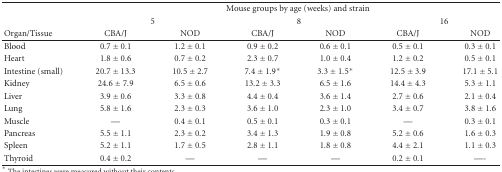
|  | <COLSPAN=6> Mousegroups by age (weeks) and strain |
 |  | <COLSPAN=2> 5 | <COLSPAN=2> 8 | <COLSPAN=2> 16 |
 | Organ/Tissue | CBA/J | NOD | CBA/J | NOD | CBA/J | NOD |
 | --- | --- | --- | --- | --- | --- | --- |
 | Blood | 0.7 ± 0.1 | 1.2 ± 0.1 | 0.9 ± 0.2 | 0.6 ± 0.1 | 0.5 ± 0.1 | 0.3 ± 0.1 |
 | Heart | 1.8 ± 0.6 | 0.7 ± 0.2 | 2.3 ± 0.7 | 1.0 ± 0.4 | 1.2 ± 0.2 | 0.5 ± 0.1 |
 | Intestine (small) | 20.7 ± 13.3 | 10.5 ± 2.7 | 7.4 ± 1.9* | 3.3 ± 1.5* | 12.5 ± 3.9 | 17.1 ± 5.1 |
 | Kidney | 24.6 ± 7.9 | 6.5 ± 0.6 | 13.2 ± 3.3 | 6.5 ± 1.6 | 14.4 ± 4.3 | 5.3 ± 1.1 |
 | Liver | 3.9 ± 0.6 | 3.3 ± 0.8 | 4.4 ± 0.4 | 3.6 ± 1.4 | 2.7 ± 0.6 | 2.1 ± 0.4 |
 | Lung | 5.8 ± 1.6 | 2.3 ± 0.3 | 3.6 ± 1.0 | 2.3 ± 1.0 | 3.4 ± 0.7 | 3.8 ± 1.6 |
 | Muscle | — | 0.4 ± 0.1 | 0.5 ± 0.1 | 0.3 ± 0.1 | — | 0.3 ± 0.1 |
 | Pancreas | 5.5 ± 1.1 | 2.3 ± 0.2 | 3.4 ± 1.3 | 1.9 ± 0.8 | 5.2 ± 0.6 | 1.6 ± 0.3 |
 | Spleen | 5.2 ± 1.1 | 1.7 ± 0.5 | 2.8 ± 1.1 | 1.8 ± 0.8 | 4.4 ± 2.1 | 1.1 ± 0.3 |
 | Thyroid | 0.4 ± 0.2 | — | — | — | 0.2 ± 0.1 | —- |